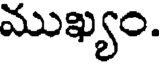
ముఖ్యం.